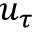
u _ { \tau }